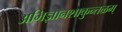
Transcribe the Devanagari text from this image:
अभिज्ञानशाकुन्तळम्